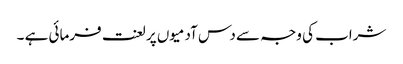
شراب کی وجہ سے دس آدمیوں پر لعنت فرمائی ہے ۔